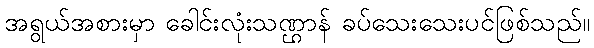
အရွယ်အစားမှာ ခေါင်းလုံးသဏ္ဌာန် ခပ်သေးသေးပင်ဖြစ်သည်။